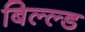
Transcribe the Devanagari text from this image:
बिल्ल्ड